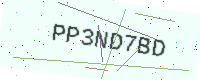
Text: PP3ND7BD